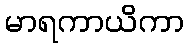
မာရကာယိကာ